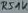
Text: R51K